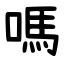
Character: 嗎